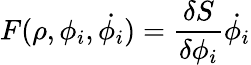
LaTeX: F(\rho,\phi_{i},\dot{\phi_{i}})={\frac{\delta S}{\delta\phi_{i}}}\dot{\phi_{i}}